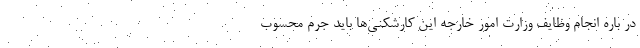
در باره انجام وظایف وزارت امور خارجه این کارشکنی‌ها باید جرم محسوب